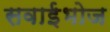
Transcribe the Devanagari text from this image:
सवाईभोज